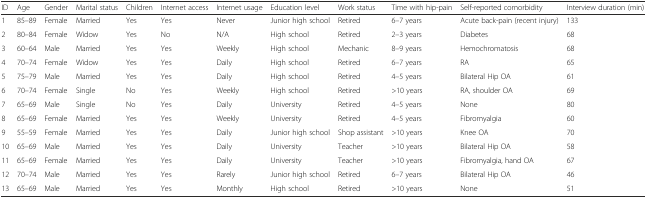
<table><thead><tr><td><b>ID</b></td><td><b>Age</b></td><td><b>Gender</b></td><td><b>Marital status</b></td><td><b>Children</b></td><td><b>Internet access</b></td><td><b>Internet usage</b></td><td><b>Education level</b></td><td><b>Work status</b></td><td><b>Time with hip-pain</b></td><td><b>Self-reported comorbidity</b></td><td><b>Interview duration (min)</b></td></tr></thead><tbody><tr><td>1</td><td>85–89</td><td>Female</td><td>Married</td><td>Yes</td><td>Yes</td><td>Never</td><td>Junior high school</td><td>Retired</td><td>6–7 years</td><td>Acute back-pain (recent injury)</td><td>133</td></tr><tr><td>2</td><td>80–84</td><td>Female</td><td>Widow</td><td>Yes</td><td>No</td><td>N/A</td><td>High school</td><td>Retired</td><td>2–3 years</td><td>Diabetes</td><td>68</td></tr><tr><td>3</td><td>60–64</td><td>Male</td><td>Married</td><td>Yes</td><td>Yes</td><td>Weekly</td><td>High school</td><td>Mechanic</td><td>8–9 years</td><td>Hemochromatosis</td><td>68</td></tr><tr><td>4</td><td>70–74</td><td>Female</td><td>Widow</td><td>Yes</td><td>Yes</td><td>Daily</td><td>High school</td><td>Retired</td><td>6–7 years</td><td>RA</td><td>65</td></tr><tr><td>5</td><td>75–79</td><td>Male</td><td>Married</td><td>Yes</td><td>Yes</td><td>Daily</td><td>High school</td><td>Retired</td><td>4–5 years</td><td>Bilateral Hip OA</td><td>61</td></tr><tr><td>6</td><td>70–74</td><td>Female</td><td>Single</td><td>No</td><td>Yes</td><td>Weekly</td><td>High school</td><td>Retired</td><td>&gt;10 years</td><td>RA, shoulder OA</td><td>69</td></tr><tr><td>7</td><td>65–69</td><td>Male</td><td>Single</td><td>No</td><td>Yes</td><td>Daily</td><td>University</td><td>Retired</td><td>4–5 years</td><td>None</td><td>80</td></tr><tr><td>8</td><td>65–69</td><td>Female</td><td>Married</td><td>Yes</td><td>Yes</td><td>Weekly</td><td>University</td><td>Retired</td><td>4–5 years</td><td>Fibromyalgia</td><td>60</td></tr><tr><td>9</td><td>55–59</td><td>Female</td><td>Married</td><td>Yes</td><td>Yes</td><td>Daily</td><td>Junior high school</td><td>Shop assistant</td><td>&gt;10 years</td><td>Knee OA</td><td>70</td></tr><tr><td>10</td><td>65–69</td><td>Male</td><td>Married</td><td>Yes</td><td>Yes</td><td>Daily</td><td>University</td><td>Teacher</td><td>&gt;10 years</td><td>Bilateral Hip OA</td><td>58</td></tr><tr><td>11</td><td>65–69</td><td>Female</td><td>Married</td><td>Yes</td><td>Yes</td><td>Daily</td><td>University</td><td>Teacher</td><td>&gt;10 years</td><td>Fibromyalgia, hand OA</td><td>67</td></tr><tr><td>12</td><td>70–74</td><td>Male</td><td>Married</td><td>Yes</td><td>Yes</td><td>Rarely</td><td>Junior high school</td><td>Retired</td><td>6–7 years</td><td>Bilateral Hip OA</td><td>46</td></tr><tr><td>13</td><td>65–69</td><td>Male</td><td>Married</td><td>Yes</td><td>Yes</td><td>Monthly</td><td>High school</td><td>Retired</td><td>&gt;10 years</td><td>None</td><td>51</td></tr></tbody></table>